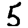
Digit: 5